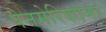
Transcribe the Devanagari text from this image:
पैनमेरिकाना